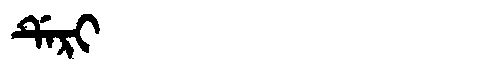
Manchu: ᡩᡝᡵᡳ
Romanization: DERI